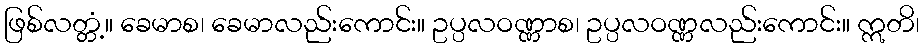
ဖြစ်လတ္တံ့။ ခေမာစ၊ ခေမာလည်းကောင်း။ ဥပ္ပလဝဏ္ဏာစ၊ ဥပ္ပလဝဏ္ဏလည်းကောင်း။ ဣတိ၊